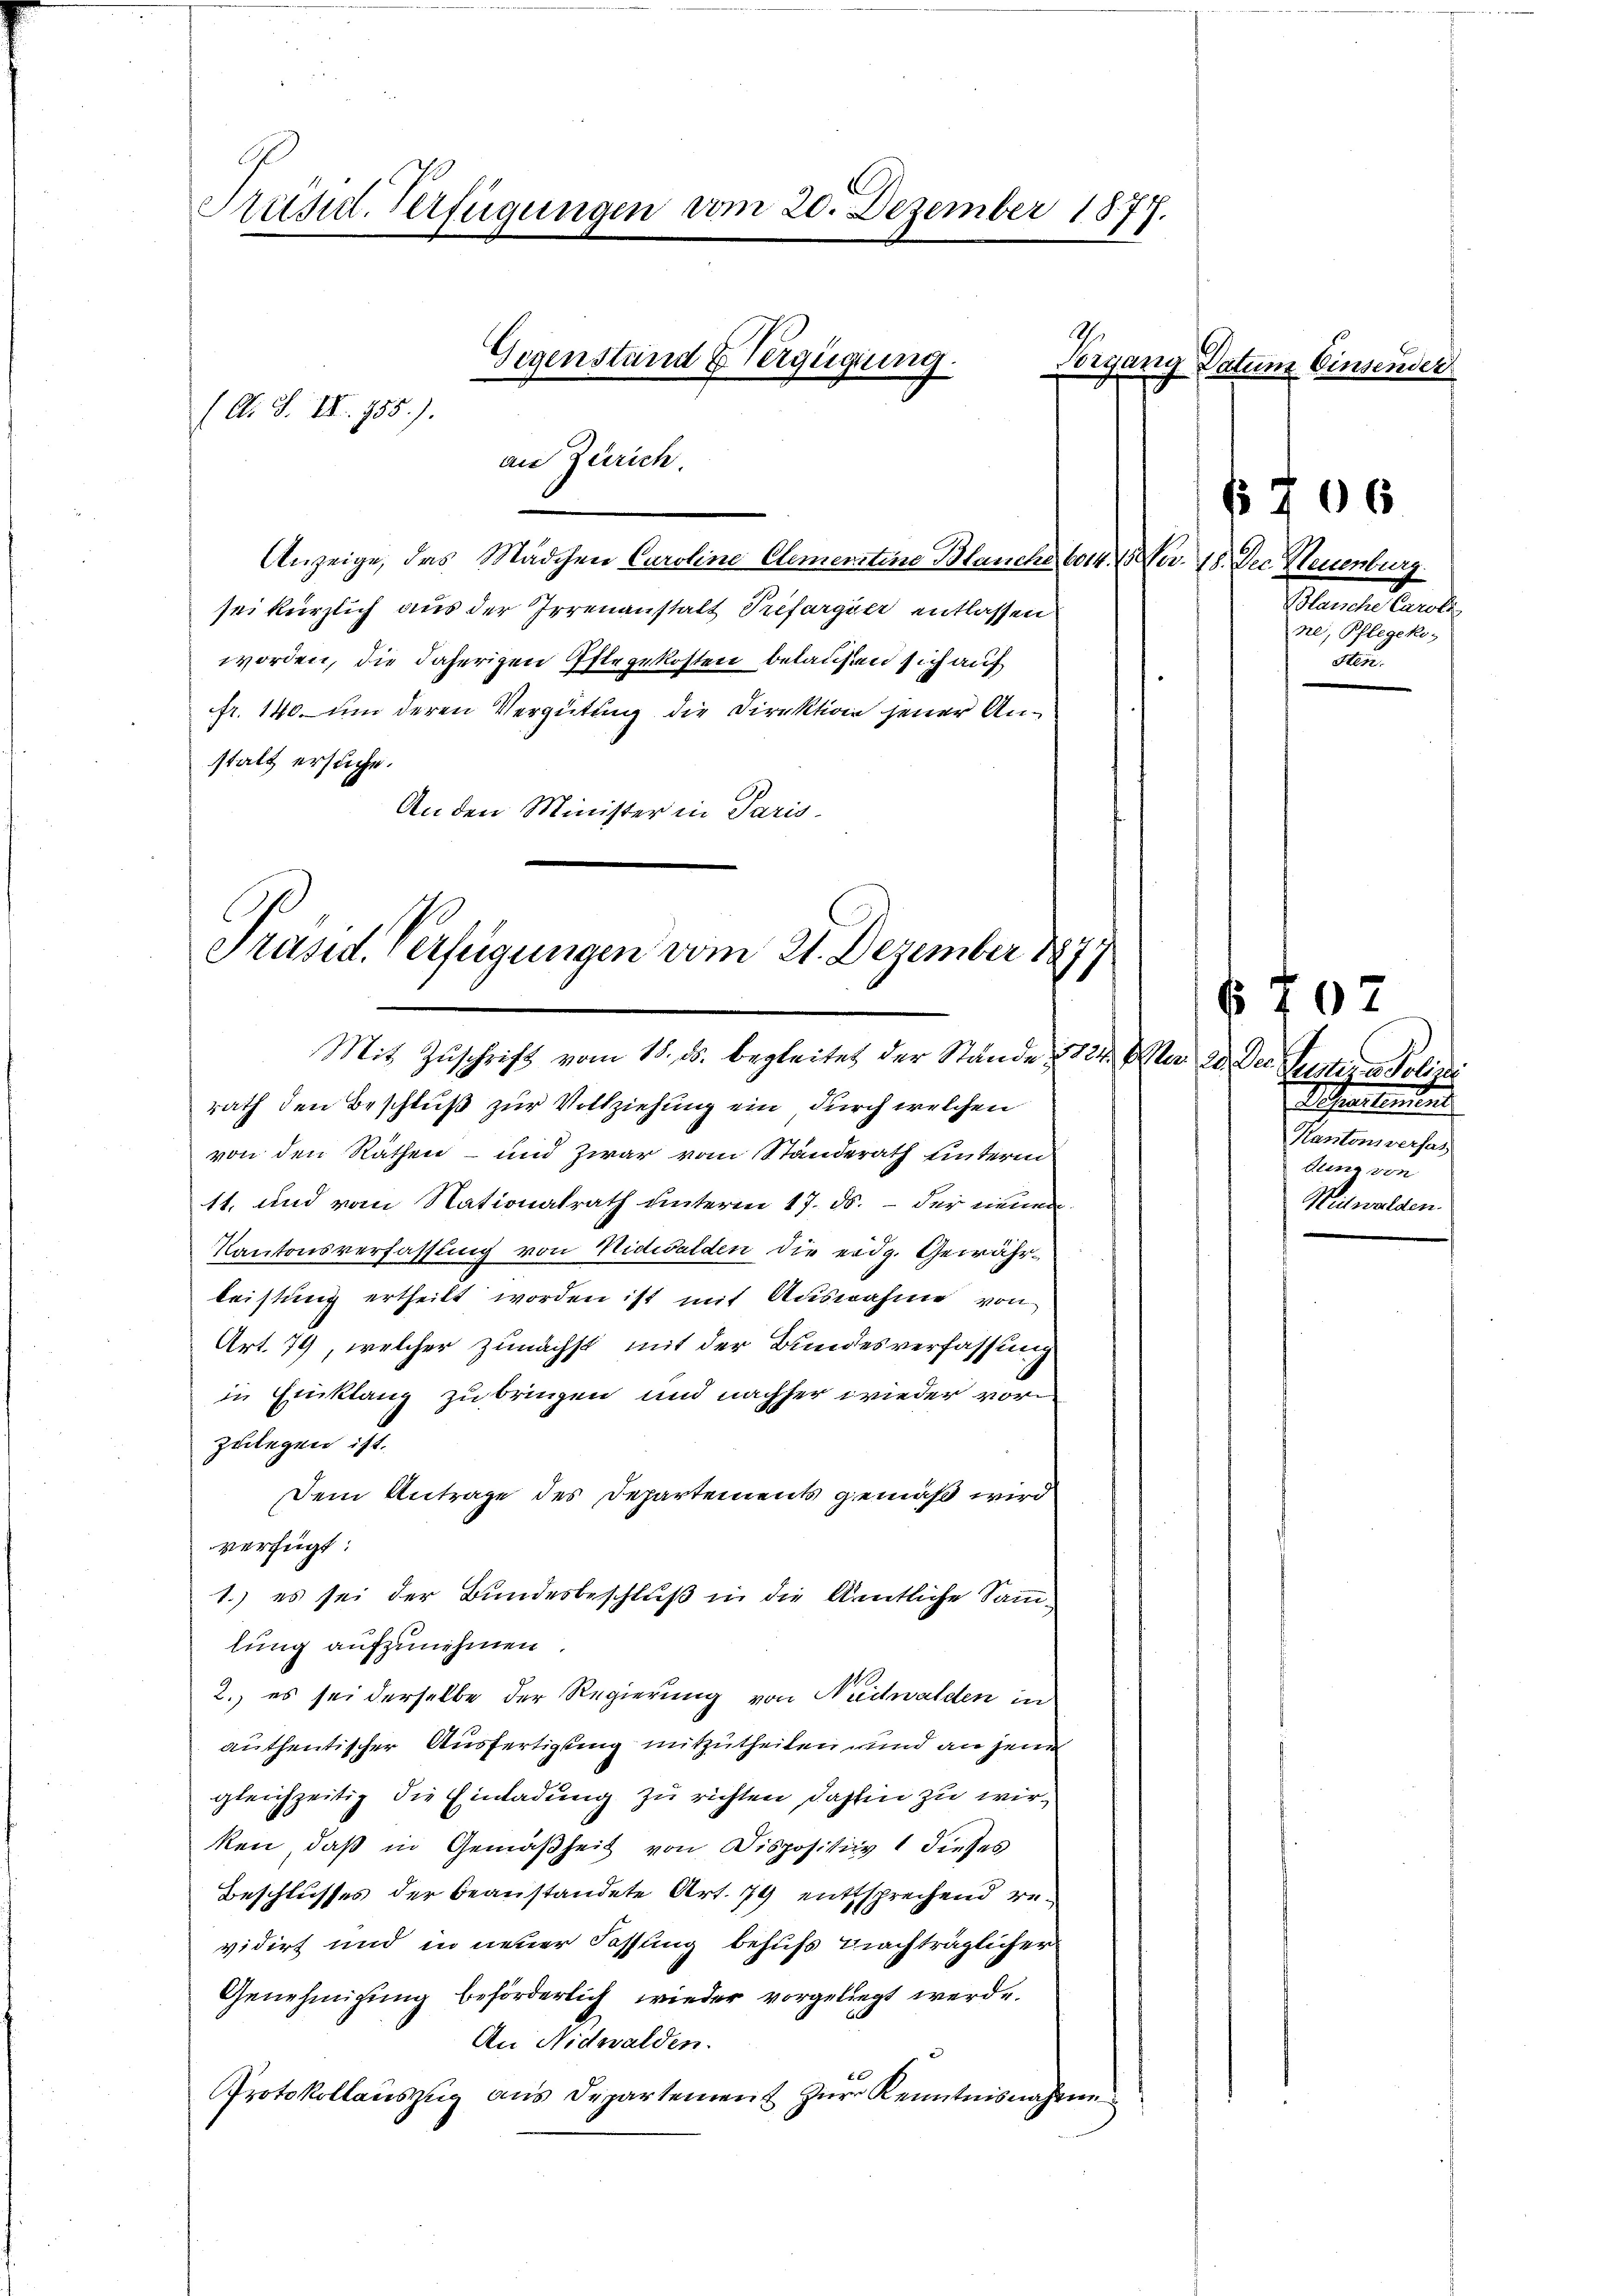
Präsid. Verfügungen vom 20. Dezember 1877.

Gegenstand & Verfügung.
(A. S. II. 755.).
an Zürich.

Anzeige, das Mädchen Caroline Clementine Blanche 6014. 13
sei kürzlich aus der Irrenanstalt Trefargier entlassen
worden, die daherigen Istegekosten belaufen sich auf
fr. 140 um deren Vergütung die Direktion jener Anstalt ersuche.
An den Minister in Paris

Präsid. Verfügungen vom 21. Dezember 1877
Mit Zuschrift vom 18. ds. begleitet der Stände § 124. Der 2. Der

rath den Beschluß zur Vollziehung ein, durch welchen
von den Räthen - und zwar vom Standerath unterm
11. und vom Nationalrath unterm 17. ds. – der niemen¬
Kantonsverfassung von Nidwalden die eidg. Gewährleistung ertheilt worden ist mit Ausnahme von
Art. 79, welcher zunächst mit der Bundesverfassung
in Einklang zu bringen und nachher wieder vorzulegen ist.
Dem Antrage des Departements gemäß wird
verfügt:
1.) es sei der Bundesbeschluß in die Amtliche Sammlung aufzunehmen.
2. es sei derselbe der Regierung von Nidwalden in
authentischer Ausfertigung mitzutheilen unnd an jene
gleichzeitig die Einladung zu richten, dahin zu werken, daß in Gemäßheit von Dispositiv 1 dieses
Beschlusses der beanstandete Art. 79 entsprechend revidirt und in neuer Fassung behufs Nachträglicher
Genehmigung beförderlich wieder vorgeliegt werde.
An Nidwalden.
Protokollauszug aus Departement zur Kenntnisnahm

ig Datum Einsende

No. 18. Dec. Neuenburg.
Blanche Carole
ne, Pflegeko
sten.

E

06

07.
Peten sollen
Schreiterun
Kantonsversat
Gunz von
Weihwalden.